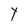
Character: t